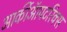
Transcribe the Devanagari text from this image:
आर्कीऑपटरिक्स